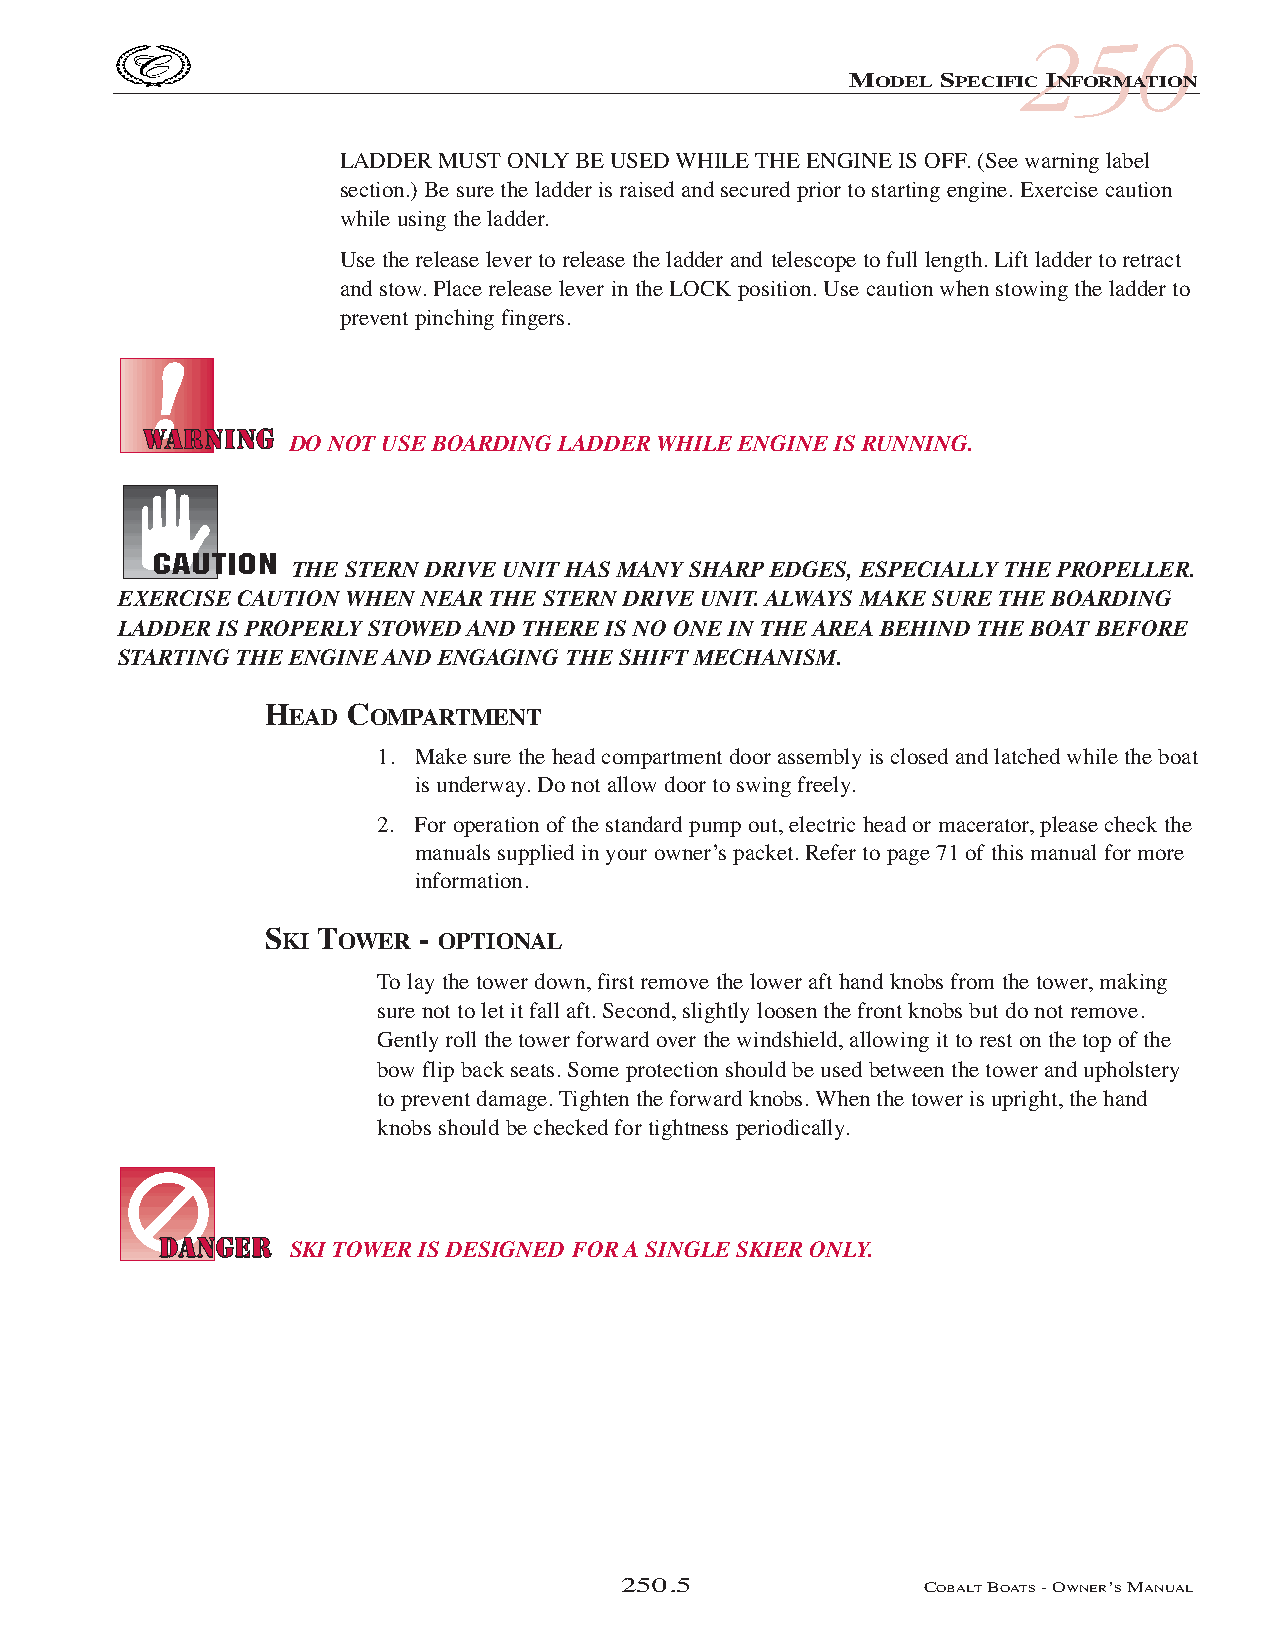
COB_05 Sect 250.qxd 3/18/05 9:27 AM Page 250.5
 250
 MODEL SPECIFIC INFORMATION
 LADDER MUSTONLYBE USED WHILE THE ENGINE IS OFF. (See warning label
 section.) Be sure the ladder is raised and secured prior to starting engine. Exercise caution
 while using the ladder.
 Use the release lever to release the ladder and telescope to full length. Lift ladder to retract
 and stow. Place release lever in the LOCK position. Use caution when stowing the ladder to
 prevent pinching fingers.
 DO NOT USE BOARDING LADDER WHILE ENGINE IS RUNNING.
 THE STERN DRIVE UNIT HAS MANY SHARP EDGES, ESPECIALLY THE PROPELLER.
 EXERCISE CAUTION WHEN NEAR THE STERN DRIVE UNIT. ALWAYS MAKE SURE THE BOARDING
 LADDER IS PROPERLY STOWED AND THERE IS NO ONE IN THE AREA BEHIND THE BOAT BEFORE
 STARTING THE ENGINE AND ENGAGING THE SHIFT MECHANISM.
 HEAD COMPARTMENT
 1. Make sure the head compartment door assembly is closed and latched while the boat
 is underway. Do not allow door to swing freely.
 2. For operation of the standard pump out, electric head or macerator, please check the
 manuals supplied in your owner’s packet. Refer to page 71 of this manual for more
 information.
 SKI TOWER - OPTIONAL
 To lay the tower down, first remove the lower aft hand knobs from the tower, making
 sure not to let it fall aft. Second, slightly loosen the front knobs but do not remove.
 Gently roll the tower forward over the windshield, allowing it to rest on the top of the
 bow flip back seats. Some protection should be used between the tower and upholstery
 to prevent damage. Tighten the forward knobs. When the tower is upright, the hand
 knobs should be checked for tightness periodically.
 SKI TOWER IS DESIGNED FOR A SINGLE SKIER ONLY.
 250.5               COBALTBOATS- OWNER’SMANUAL